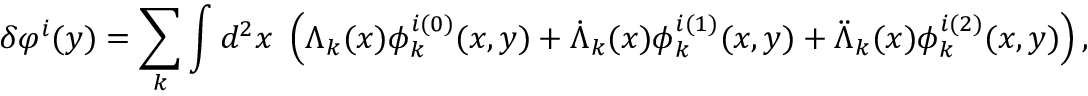
\delta \varphi ^ { i } ( y ) = \sum _ { k } \int d ^ { 2 } x \ \left( \Lambda _ { k } ( x ) \phi _ { k } ^ { i ( 0 ) } ( x , y ) + \dot { \Lambda } _ { k } ( x ) \phi _ { k } ^ { i ( 1 ) } ( x , y ) + \ddot { \Lambda } _ { k } ( x ) \phi _ { k } ^ { i ( 2 ) } ( x , y ) \right) ,